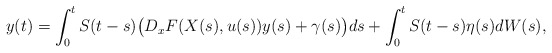
\begin{align*}y(t) = \int_0^t S(t-s)\big( D_xF(X(s),u(s))y(s) + \gamma(s)\big)ds + \int_0^t S(t-s)\eta(s)dW(s),\end{align*}